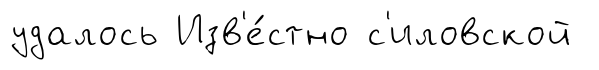
удалось Изв'е́стно с'иловской